Report of the Municipal Commissioner on the plague in Bombay for the year ending 31st May... - Volume 3
Disease focus: Plague
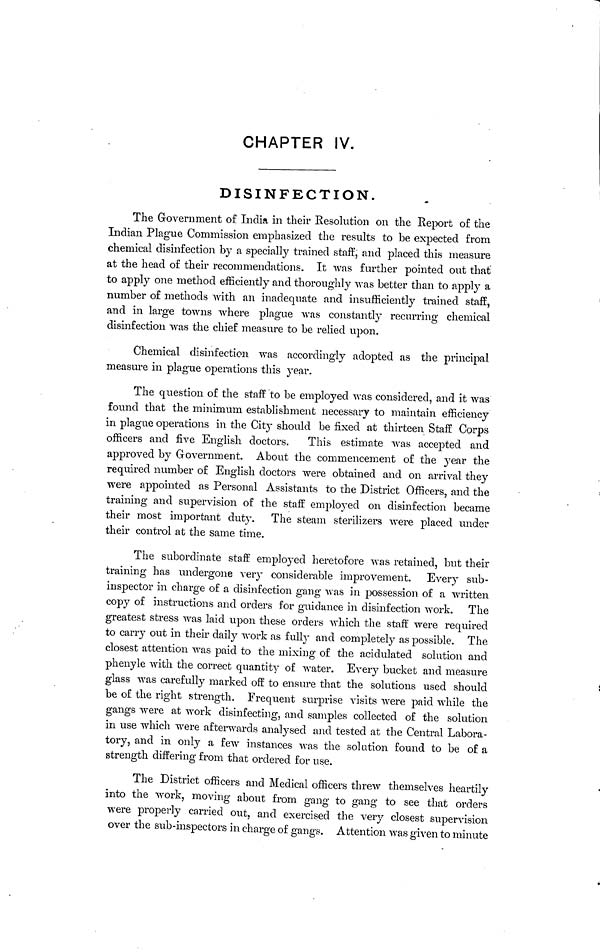
CHAPTER IV.
DISINFECTION.
The Government of India in their Resolution on the Report o£ the
Indian Plague Commission emphasized the results to be expected from
chemical disinfection by a specially trained staff, and placed this measure
at the head of their recommendations. It was further pointed out that'
to apply one method efficiently and thoroughly was better than to apply a
number of methods with an inadequate and insufficiently trained staff,
and in large towns where plague was constantly recurring chemical
disinfection was the chief measure to be relied upon.
Chemical disinfection was accordingly adopted as the principal
measure in plague operations this year.
The question of the staff to be employed was considered, and it was
found that the minimum establishment necessary to maintain efficiency
in plague operations in the City should be fixed at thirteen Staff Corps
officers and five English doctors.
This estimate was accepted and
approved by Government. About the commencement of the year the
required number of English doctors were obtained and on arrival they
were appointed as Personal Assistants to the District Officers, and the
training and supervision of the staff employed on disinfection became
their most important duty. The steam sterilizers were placed under
their control at the same time.
The subordinate staff employed heretofore was retained, but their
training has undergone very considerable improvement. Every sub-
inspector in charge of a disinfection gang was in possession of a written
copy of instructions and orders for guidance in disinfection work. The
greatest stress was laid upon these orders which the staff were required
to carry out in their daily work as fully and completely as possible. The
closest attention was paid to the mixing of the acidulated solution and
phenyle with the correct quantity of water. Every bucket and measure
glass was carefully marked off to ensure that the solutions used should
be of the right strength. Frequent surprise visits were paid while the
gangs were at work disinfecting, and samples collected of the solution
in use which were afterwards analysed and tested at the Central Labora-
tory, and in only a few instances was the solution found to be of a
strength differing from that ordered for use.
The District officers and Medical officers threw themselves heartily
into the work, moving about from gang to gang to see that orders
were properly carried out, and exercised the very closest supervision
over the sub-inspectors in charge of gangs. Attention was given to minute